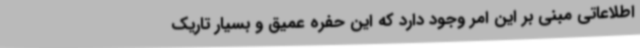
اطلاعاتی مبنی بر این امر وجود دارد که این حفره عمیق و بسیار تاریک